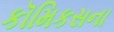
કૉમિકસના